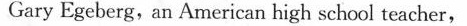
Gary Egeberg,an American high school teacher，